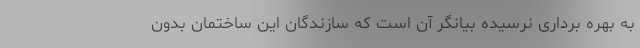
به بهره برداری نرسیده بیانگر آن است که سازندگان این ساختمان بدون